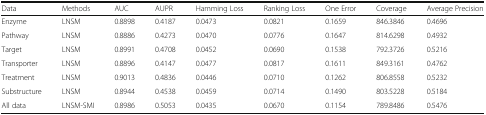
| Data | Methods | AUC | AUPR | Hamming Loss | Ranking Loss | One Error | Coverage | Average Precision |
 | --- | --- | --- | --- | --- | --- | --- | --- | --- |
 | Enzyme | LNSM | 0.8898 | 0.4187 | 0.0473 | 0.0821 | 0.1659 | 846.3846 | 0.4696 |
 | Pathway | LNSM | 0.8886 | 0.4273 | 0.0470 | 0.0776 | 0.1647 | 814.6298 | 0.4932 |
 | Target | LNSM | 0.8991 | 0.4708 | 0.0452 | 0.0690 | 0.1538 | 792.3726 | 0.5216 |
 | Transporter | LNSM | 0.8896 | 0.4147 | 0.0477 | 0.0817 | 0.1611 | 849.3161 | 0.4762 |
 | Treatment | LNSM | 0.9013 | 0.4836 | 0.0446 | 0.0710 | 0.1262 | 806.8558 | 0.5232 |
 | Substructure | LNSM | 0.8944 | 0.4538 | 0.0459 | 0.0714 | 0.1490 | 803.5228 | 0.5184 |
 | All data | LNSM-SMI | 0.8986 | 0.5053 | 0.0435 | 0.0670 | 0.1154 | 789.8486 | 0.5476 |